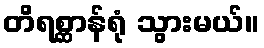
တိရစ္ဆာန်ရုံ သွားမယ်။